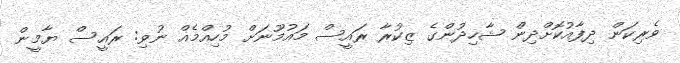
ވެރިކަން ދިފާއުކޮށްދިން ޝާހިދުންގެ ޒިކުރާ ރައީސް މައުމޫނަށް މުހިއްމެއް ނުވި: ރައީސް ޔާމީން